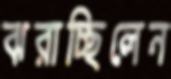
ঝরাচ্ছিলেন